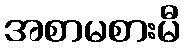
အစာမစားမီ